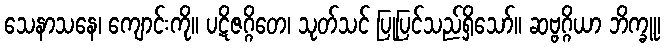
သေနာသနေ၊ ကျောင်းကို။ ပဋိဇဂ္ဂိတေ၊ သုတ်သင် ပြုပြင်သည်ရှိသော်။ ဆဗ္ဗဂ္ဂိယာ ဘိက္ခူ၊